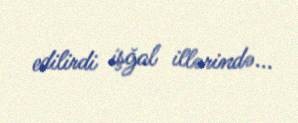
edilirdi işğal illərində...